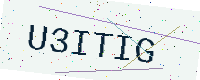
Text: U3ITIG